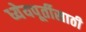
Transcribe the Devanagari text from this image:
ध्येयपूर्तीसाठी